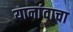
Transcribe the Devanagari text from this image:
यानांवाचा